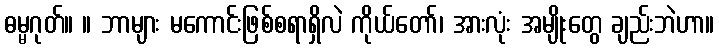
ဓမ္မဂုတ်။ ။ ဘာများ မကောင်းဖြစ်စရာရှိလဲ ကိုယ်တော်၊ အားလုံး အမျိုးတွေ ချည်းဘဲဟာ။